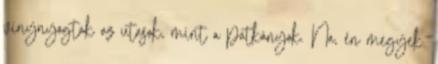
vinynyogtak az utasok, mint a patkányok. Na, én megyek.